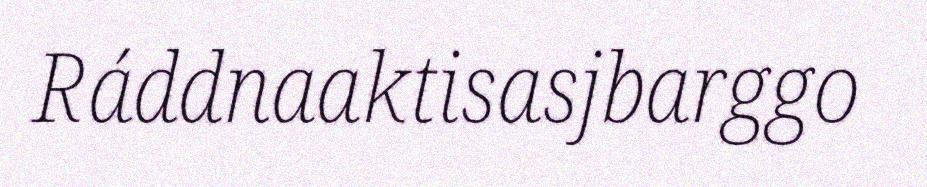
Ráddnaaktisasjbarggo